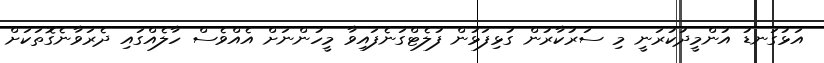
އަޅުގަނޑު އުންމީދުކުރަނީ މި ސަރުކާރުން ގުޅިފަޅުން ފުލެޓްގަނެފައިވާ މީހުންނަށް އެއްވެސް ހާލެއްގައި ދެރަވާނެގޮތަކަށް